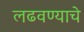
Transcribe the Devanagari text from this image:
लढवण्याचे